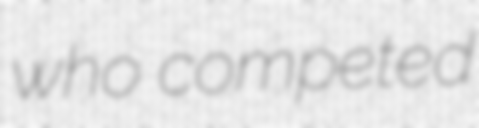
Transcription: who competed